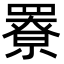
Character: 𦌒